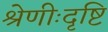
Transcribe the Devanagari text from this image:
श्रेणीःदृष्टि